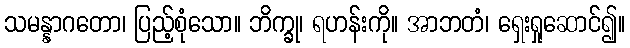
သမန္နာဂတော၊ ပြည့်စုံသော။ ဘိက္ခု၊ ရဟန်းကို။ အာဘတံ၊ ရှေးရှုဆောင်၍။